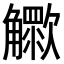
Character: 𧥊